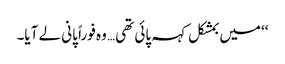
‘‘میں بمشکل کہہ پائی تھی… وہ فوراً پانی لے آیا۔